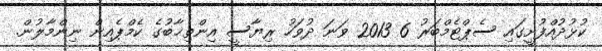
ކުޅުުދުއްފުށީގައި ސެޕްޓެމްބަރު 6 2013 ވަނަ ދުވަހު ރިޔާސީ އިންތިޚާބުގެ ކެމްޕެއިން ނިންމާލުން.